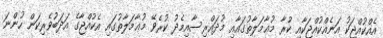
އެއްކުއްޖަކު އަނެއްކުއްޖަކާއި ކުރާ މުޢާމަލާތުގައާއި މުދައްރިސާއިމެދު ކުރެވޭ މުޢާމަލާތުގައި އެކުއްޖާގެ އަދަބުވެރިކަން ހުންނަ